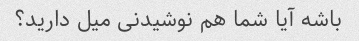
باشه آیا شما هم نوشیدنی میل دارید؟